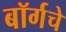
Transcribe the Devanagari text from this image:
बॉर्गचे